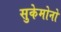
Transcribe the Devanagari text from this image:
सुकेमोनो